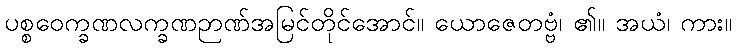
ပစ္စဝေက္ခဏလက္ခဏဉာဏ်အမြင်တိုင်အောင်။ ယောဇေတဗ္ဗံ၊ ၏။ အယံ၊ ကား။